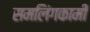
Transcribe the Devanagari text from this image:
समलिंगकामी